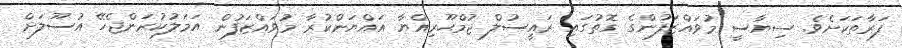
ފަރާތަކަށެވެ. ސިޔާސީ މުވައްޒަފުންގެ ގޮތުގައި ރައީސުލް ޖުމްޙޫރިއްޔާ އައްޔަންކުރާ މުވައްޒަފުން އަމަލުކުރަންޖެހޭ އުސޫލަށް